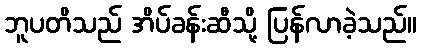
ဘူပတိသည် အိပ်ခန်းဆီသို့ ပြန်လာခဲ့သည်။